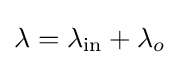
\lambda =\lambda _{\text{in}}+\lambda _{o}